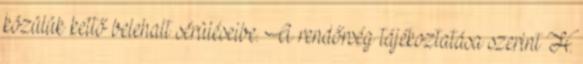
közülük kettő belehalt sérüléseibe. A rendőrség tájékoztatása szerint H.